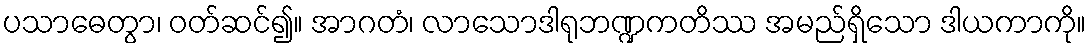
ပသာဓေတွာ၊ ဝတ်ဆင်၍။ အာဂတံ၊ လာသောဒါရုဘဏ္ဍကတိဿ အမည်ရှိသော ဒါယကာကို။